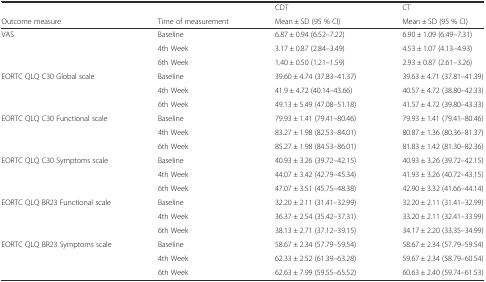
<table><thead><tr><td>[EMPTY_CELL]</td><td>[EMPTY_CELL]</td><td><b>CDT</b></td><td><b>CT</b></td></tr><tr><td><b>Outcome measure</b></td><td><b>Time of measurement</b></td><td><b>Mean ± SD (95 % CI)</b></td><td><b>Mean ± SD (95 % CI)</b></td></tr></thead><tbody><tr><td rowspan="3">VAS</td><td>Baseline</td><td>6.87 ± 0.94 (6.52–7.22)</td><td>6.90 ± 1.09 (6.49–7.31)</td></tr><tr><td>4th Week</td><td>3.17 ± 0.87 (2.84–3.49)</td><td>4.53 ± 1.07 (4.13–4.93)</td></tr><tr><td>6th Week</td><td>1.40 ± 0.50 (1.21–1.59)</td><td>2.93 ± 0.87 (2.61–3.26)</td></tr><tr><td rowspan="3">EORTC QLQ C30 Global scale</td><td>Baseline</td><td>39.60 ± 4.74 (37.83–41.37)</td><td>39.63 ± 4.71 (37.81–41.39)</td></tr><tr><td>4th Week</td><td>41.9 ± 4.72 (40.14–43.66)</td><td>40.57 ± 4.72 (38.80–42.33)</td></tr><tr><td>6th Week</td><td>49.13 ± 5.49 (47.08–51.18)</td><td>41.57 ± 4.72 (39.80–43.33)</td></tr><tr><td rowspan="3">EORTC QLQ C30 Functional scale</td><td>Baseline</td><td>79.93 ± 1.41 (79.41–80.46)</td><td>79.93 ± 1.41 (79.41–80.46)</td></tr><tr><td>4th Week</td><td>83.27 ± 1.98 (82.53–84.01)</td><td>80.87 ± 1.36 (80.36–81.37)</td></tr><tr><td>6th Week</td><td>85.27 ± 1.98 (84.53–86.01)</td><td>81.83 ± 1.42 (81.30–82.36)</td></tr><tr><td rowspan="3">EORTC QLQ C30 Symptoms scale</td><td>Baseline</td><td>40.93 ± 3.26 (39.72–42.15)</td><td>40.93 ± 3.26 (39.72–42.15)</td></tr><tr><td>4th Week</td><td>44.07 ± 3.42 (42.79–45.34)</td><td>41.93 ± 3.26 (40.72–43.15)</td></tr><tr><td>6th Week</td><td>47.07 ± 3.51 (45.75–48.38)</td><td>42.90 ± 3.32 (41.66–44.14)</td></tr><tr><td rowspan="3">EORTC QLQ BR23 Functional scale</td><td>Baseline</td><td>32.20 ± 2.11 (31.41–32.99)</td><td>32.20 ± 2.11 (31.41–32.99)</td></tr><tr><td>4th Week</td><td>36.37 ± 2.54 (35.42–37.31)</td><td>33.20 ± 2.11 (32.41–33.99)</td></tr><tr><td>6th Week</td><td>38.13 ± 2.71 (37.12–39.15)</td><td>34.17 ± 2.20 (33.35–34.99)</td></tr><tr><td rowspan="3">EORTC QLQ BR23 Symptoms scale</td><td>Baseline</td><td>58.67 ± 2.34 (57.79–59.54)</td><td>58.67 ± 2.34 (57.79–59.54)</td></tr><tr><td>4th Week</td><td>62.33 ± 2.52 (61.39–63.28)</td><td>59.67 ± 2.34 (58.79–60.54)</td></tr><tr><td>6th Week</td><td>62.63 ± 7.99 (59.55–65.52)</td><td>60.63 ± 2.40 (59.74–61.53)</td></tr></tbody></table>